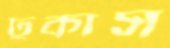
ঢুকাস